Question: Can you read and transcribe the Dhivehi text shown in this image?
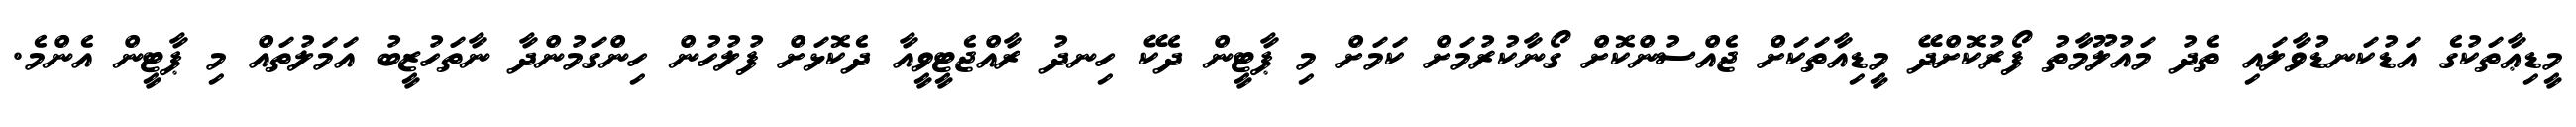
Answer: މީޑިޢާތަކުގެ އަޑުކަނޑުވާލައި ތެދު މައުލޫމާތު ފޯރުކޮށްދޭ މީޑިއާތަކަށް ޖެއްސުންކޮށް ގޯނާކުރުމަށް ކަމަށް މި ޕާޓީން ދެކޭ ހިނދު ރާއްޖެޓީވީއާ ދެކޮޅަށް ފުލުހުން ހިންގަމުންދާ ނާތަހުޒީބު އަމަލުތައް މި ޕާޓީން އެންމެ.